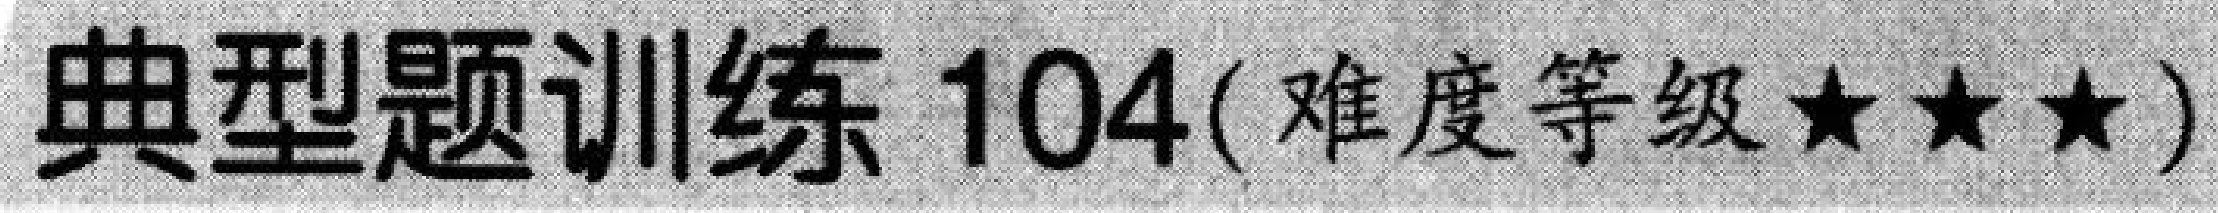
典型题训练 104(难度等级★★★)